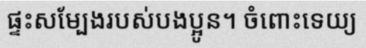
ផ្ទះសម្បែងរបស់បងប្អូន។ ចំពោះទេយ្យ